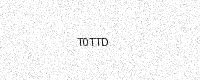
Text: T0TTD